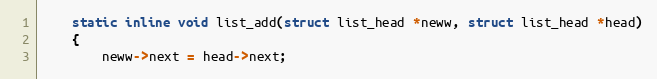
Language: C
	static inline void list_add(struct list_head *neww, struct list_head *head)
	{
		neww->next = head->next;